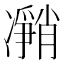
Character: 𰄎